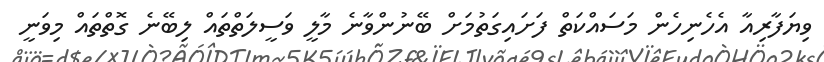
ވިޔަފާރިއާ އެހެނިހެން މަސައްކަތް ފަށައިގަތުމަށް ބޭނުންވާނެ މާލީ ވަސީލަތްތައް ލިބޭނެ ގޮތްތައް މިވަނީ